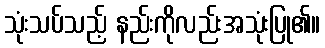
သုံးသပ်သည့် နည်းကိုလည်းအသုံးပြု၏။